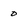
Character: 0